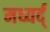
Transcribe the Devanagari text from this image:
मध्यर्द्